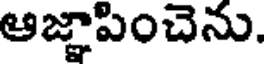
ఆజ్ఞాపించెను.